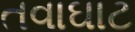
તવાઘાટ